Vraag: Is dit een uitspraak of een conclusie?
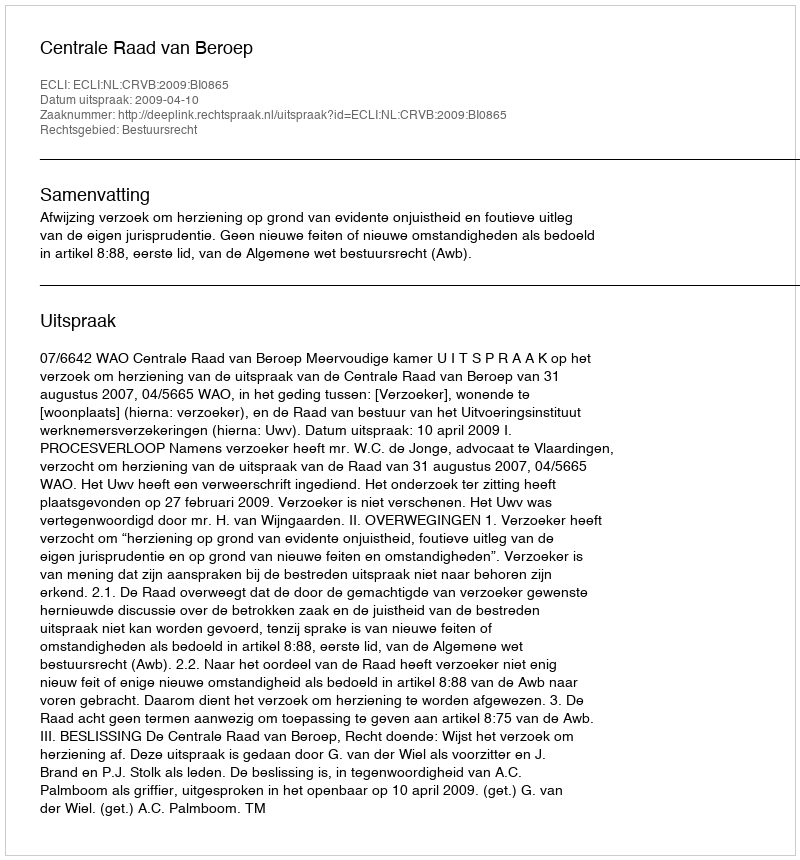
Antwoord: Uitspraak